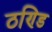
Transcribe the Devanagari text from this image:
ठण्डि